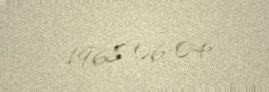
1968-06-04